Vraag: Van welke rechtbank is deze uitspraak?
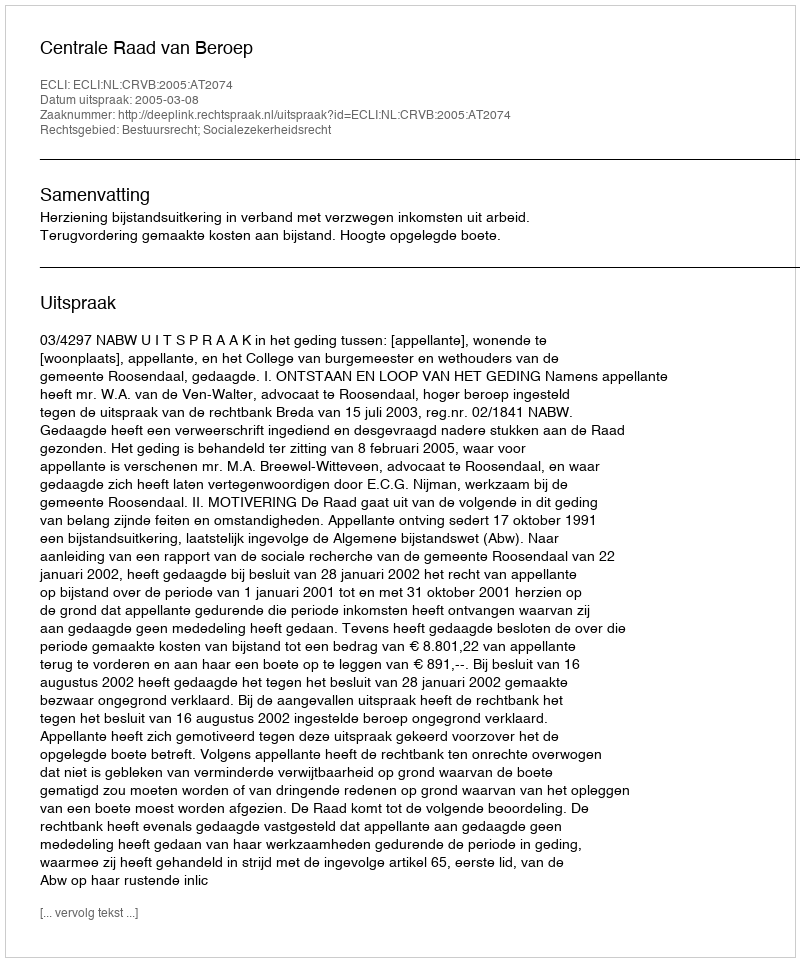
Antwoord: Centrale Raad van Beroep